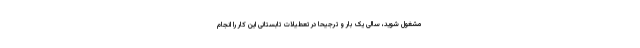
مشغول شوید، سالی یک بار و ترجیحاً در تعطیلات تابستانی این کار را انجام